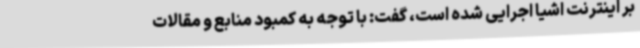
بر اینترنت اشیا اجرایی شده است، گفت: با توجه به کمبود منابع و مقالات